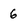
Character: 6